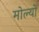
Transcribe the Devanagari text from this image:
मोल्यों